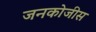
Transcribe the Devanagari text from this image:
जनकोजीस